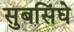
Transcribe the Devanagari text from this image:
सुबसिंघे